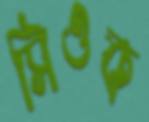
সিওক